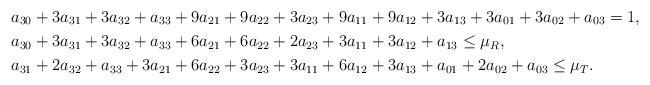
LaTeX: \begin{align*}&a_{30}+3a_{31}+3a_{32}+a_{33}+9a_{21}+9a_{22}+3a_{23}+9a_{11}+9a_{12}+3a_{13}+3a_{01}+3a_{02}+a_{03}=1, \\&a_{30}+3a_{31}+3a_{32}+a_{33}+6a_{21}+6a_{22}+2a_{23}+3a_{11}+3a_{12}+a_{13}\leq\mu_{R}, \\&a_{31}+2a_{32}+a_{33}+3a_{21}+6a_{22}+3a_{23}+3a_{11}+6a_{12}+3a_{13}+a_{01}+2a_{02}+a_{03}\leq\mu_{T}.\end{align*}